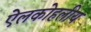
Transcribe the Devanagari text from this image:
ऐलकोहलीय